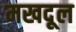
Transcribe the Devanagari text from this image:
मखदूल